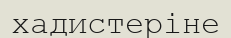
хадистеріне